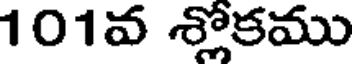
101వ శ్లోకము